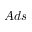
A d s